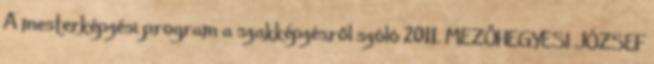
A mesterképzési program a szakképzésről szóló 2011. MEZŐHEGYESI JÓZSEF